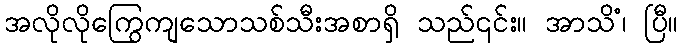
အလိုလိုကြွေကျသောသစ်သီးအစာရှိ သည်၎င်း။ အာသိံ၊ ပြီ။